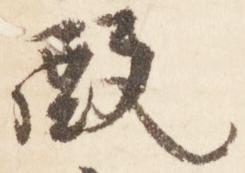
殿